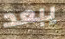
يبعد